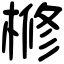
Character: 𣘀